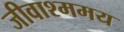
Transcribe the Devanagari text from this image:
जीवाश्ममय